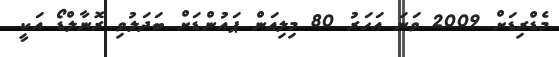
މެޑްރިޑަށް 2009 ވަނަ އަހަރު 80 މިލިއަން ޕައުންޑަށް ބަދަލުވި ރޮނާލްޑޯ އަކީ